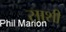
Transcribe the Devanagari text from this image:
साशी